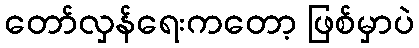
တော်လှန်ရေးကတော့ ဖြစ်မှာပဲ